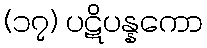
(၁၇) ပဋိပန္နကော